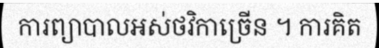
ការព្យាបាលអស់ថវិកាច្រើន ។ ការគិត